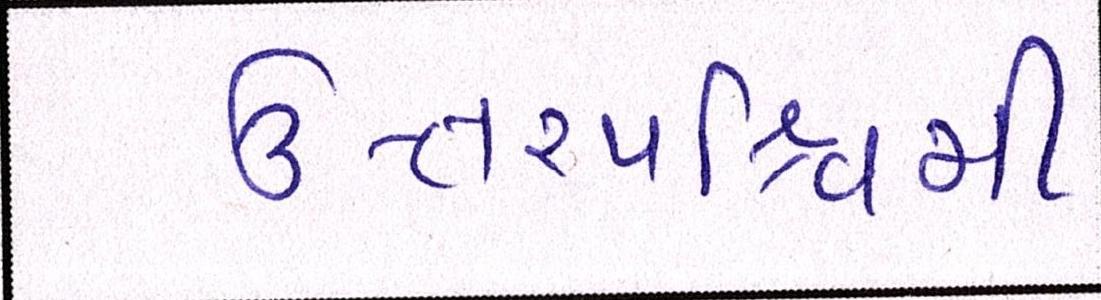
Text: ઉત્તરપશ્ચિમી